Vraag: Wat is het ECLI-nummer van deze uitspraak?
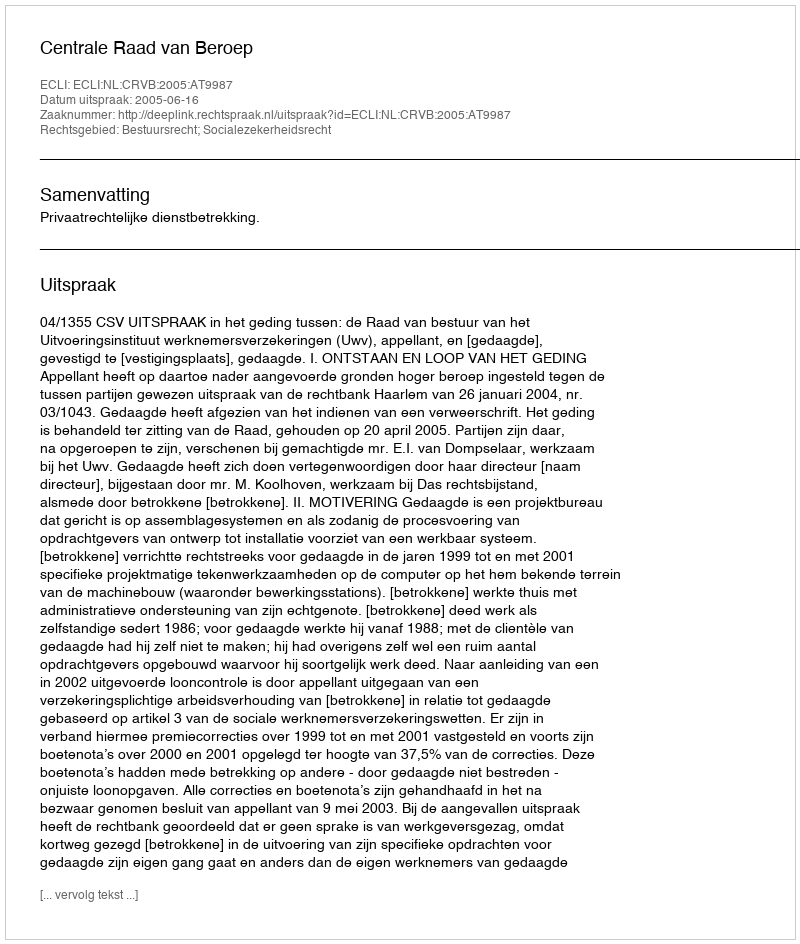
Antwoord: ECLI:NL:CRVB:2005:AT9987